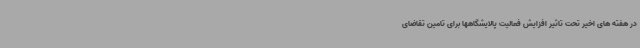
در هفته های اخیر تحت تاثیر افزایش فعالیت پالایشگاهها برای تامین تقاضای